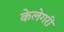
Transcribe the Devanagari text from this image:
केलेगरी